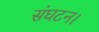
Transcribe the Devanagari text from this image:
संघटन।